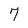
Character: 7